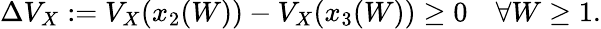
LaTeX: \Delta V_{X}:=V_{X}(x_{2}(W))-V_{X}(x_{3}(W))\geq 0\quad\forall W\geq 1.